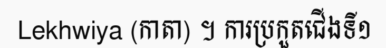
Lekhwiya (កាតា) ។ ការប្រកួតជើងទី១